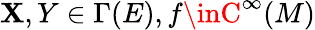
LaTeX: \mathbf{X},Y\in\Gamma(E),f\inC^{\infty}(M)